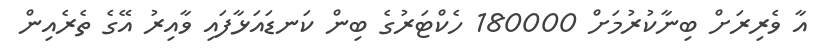
އާ ވެރިރަށް ބިނާކުރުމަށް 180000 ހެކްޓަރުގެ ބިން ކަނޑައަޅާފައި ވާއިރު އޭގެ ތެރެއިން